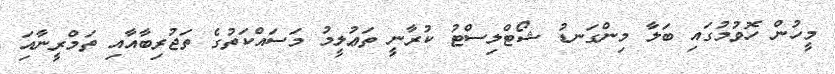
މީހުން ހޮވުމުގައި ބަލާ މިންގަނޑު ޝޯޓްލިސްޓު ކުރާނީ ތަޢުލީމު މަސައްކަތުގެ ތަޖުރިބާއާއި ތަމްރީނާއިަ